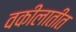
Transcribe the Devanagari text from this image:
वकीलातीत